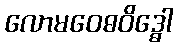
လောမဝေဓဝိဒ္ဓေါ